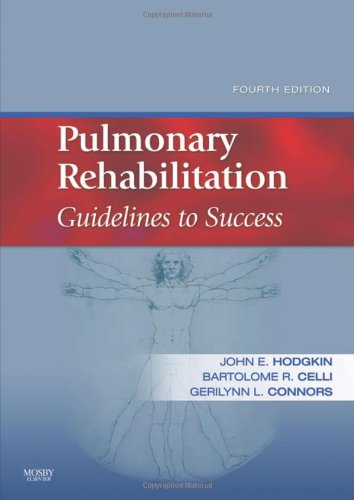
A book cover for Pulmonary Rehabilitation: Guidelines to Success, 4e; John E. Hodgkin MD; Medical Books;